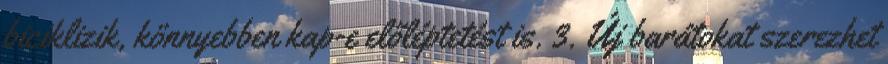
biciklizik, könnyebben kap-e előléptetést is. 3. Új barátokat szerezhet